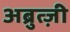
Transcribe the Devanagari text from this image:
अब्रुत्ज़ी